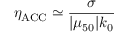
\eta _ { \mathrm { A C C } } \simeq \frac { \sigma } { | \mu _ { 5 0 } | k _ { 0 } }